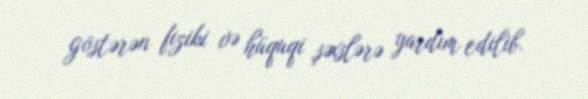
göstərən fiziki və hüquqi şəxslərə yardım edilib.